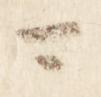
可